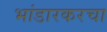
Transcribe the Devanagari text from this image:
भांडारकरचा